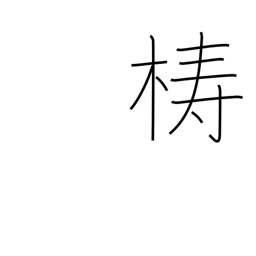
Meaning: block of wood